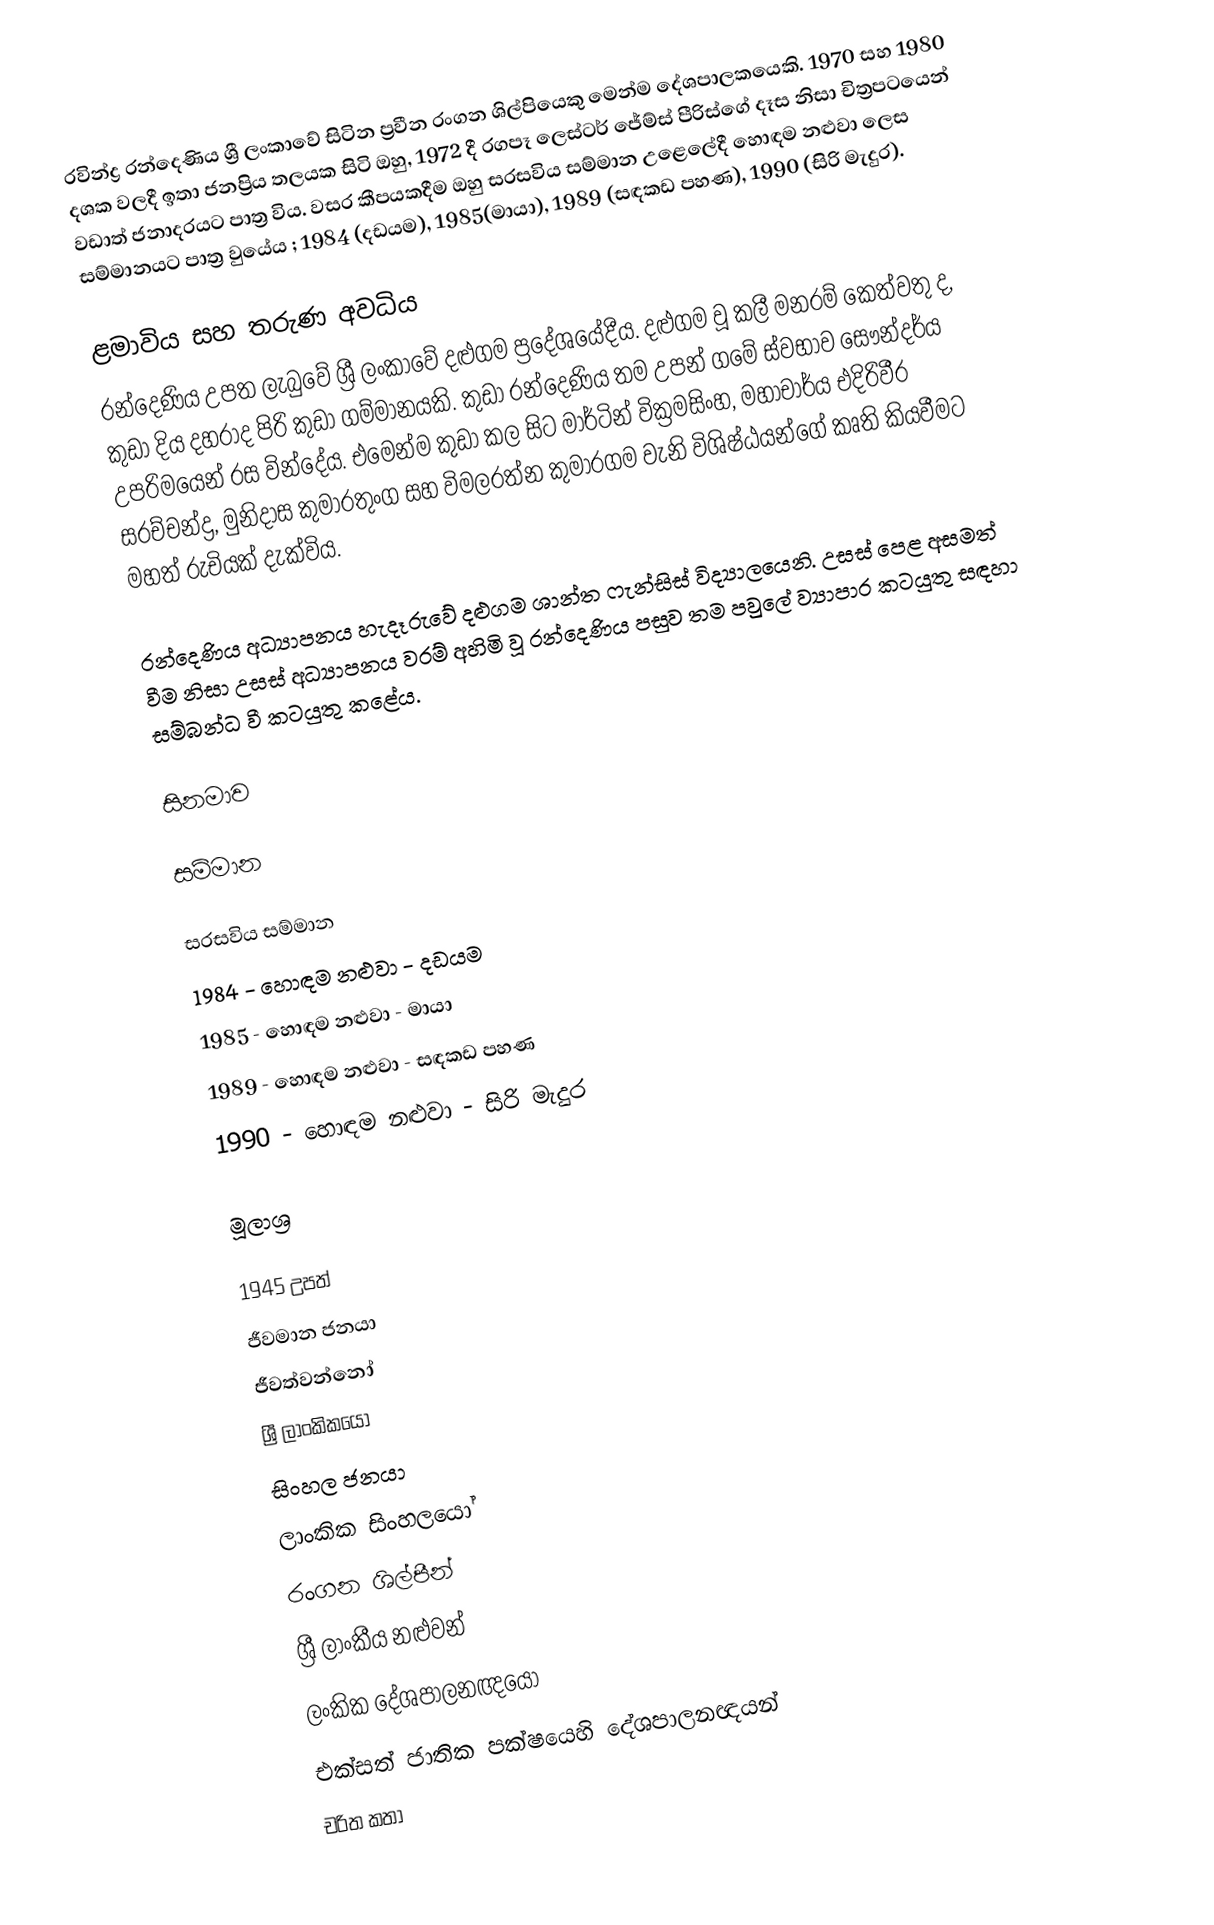
රවින්ද්‍ර රන්දෙණිය ශ්‍රී ලංකාවේ සිටින ප්‍රවීන රංගන ශිල්පියෙකු මෙන්ම දේශපාලකයෙකි. 1970 සහ 1980 දශක වලදී ඉතා ජනප්‍රිය තලයක සිටි ඔහු, 1972 දී රගපෑ ලෙස්ටර් ජේම්ස් පීරිස්ගේ දෑස නිසා චිත්‍රපටයෙන් වඩාත් ජනාදරයට පාත්‍ර විය. වසර කීපයකදීම ඔහු සරසවිය සම්මාන උළෙලේදී හොඳම නළුවා ලෙස  සම්මානයට පාත්‍ර වුයේය ; 1984 (දඩයම), 1985(මායා), 1989 (සඳකඩ පහණ), 1990 (සිරි මැදුර).

ළමාවිය සහ තරුණ අවධිය
රන්දෙණිය උපත ලැබුවේ ශ්‍රී ලංකාවේ දළුගම ප්‍රදේශයේදීය. දළුගම වූ කලී මනරම් කෙත්වතු ද, කුඩා දිය දහරාද පිරි කුඩා ගම්මානයකි. කුඩා රන්දෙණිය තම උපන් ගමේ ස්වභාව සෞන්දර්ය උපරිමයෙන් රස වින්දේය. එමෙන්ම කුඩා කල සිට මාර්ටින් වික්‍රමසිංහ, මහාචාර්ය එදිරිවීර සරච්චන්ද්‍ර, මුනිදාස කුමාරතුංග සහ විමලරත්න කුමාරගම වැනි විශිෂ්ඨයන්ගේ කෘති කියවීමට මහත් රුචියක් දැක්විය.

රන්දෙණිය අධ්‍යාපනය හැදෑරුවේ දළුගම ශාන්ත ෆැන්සිස් විද්‍යාලයෙනි. උසස් පෙළ අසමත් වීම නිසා උසස් අධ්‍යාපනය වරම් අහිමි වූ රන්දෙණිය පසුව තම පවුලේ ව්‍යාපාර කටයුතු සඳහා සම්බන්ධ වී කටයුතු කළේය.

සිනමාව

සම්මාන

සරසවිය සම්මාන
1984 - හොඳම නළුවා - දඩයම
1985 - හොඳම නළුවා - මායා
1989 - හොඳම නළුවා - සඳකඩ පහණ
1990 - හොඳම නළුවා - සිරි මැදුර

මූලාශ්‍ර

1945 උපත්
ජීවමාන ජනයා
ජීවත්වන්නෝ
ශ්‍රී ලාංකිකයෝ
සිංහල ජනයා
ලාංකික සිංහලයෝ
රංගන ශිල්පීන්
ශ්‍රී ලාංකීය නළුවන්
ලංකික දේශපාලනඥයෝ
එක්සත් ජාතික පක්ෂයෙහි දේශපාලනඥයන්
චරිත කතා